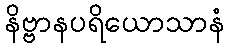
နိဗ္ဗာနပရိယောသာနံ